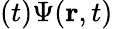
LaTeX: (t)\Psi(\textbf{r},t)